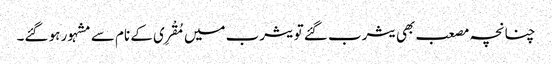
چنانچہ مصعب بھی یثرب گئے تو یثرب میں مُقْرِی کے نام سے مشہور ہو گئے۔